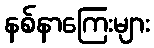
နစ်နာကြေးများ